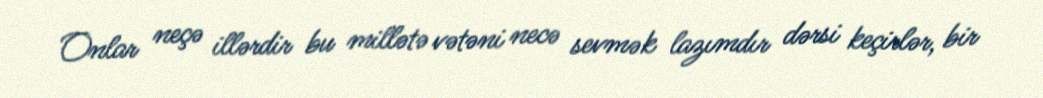
Onlar neçə illərdir bu millətə vətəni necə sevmək lazımdır dərsi keçirlər, bir